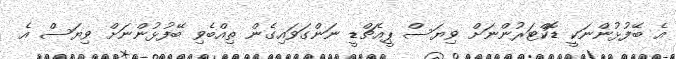
އެ ބޭފުޅުންނަކީ ޑޮކްޓަރުންނަށް ވިޔަސް ޕީއެޗްޑީ ނަންގަވައިގެން ތިއްބެވި ބޭފުޅުންނަށް ވިޔަސް އެ